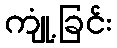
ကျုံ့ခြင်း